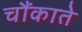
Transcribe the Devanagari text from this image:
चौंकाते